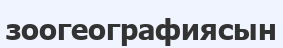
зоогеографиясын